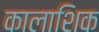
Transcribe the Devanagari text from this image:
कालाशिक